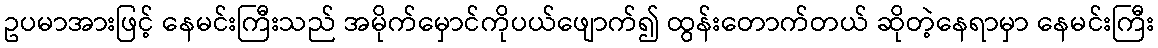
ဥပမာအားဖြင့် နေမင်းကြီးသည် အမိုက်မှောင်ကိုပယ်ဖျောက်၍ ထွန်းတောက်တယ် ဆိုတဲ့နေရာမှာ နေမင်းကြီး